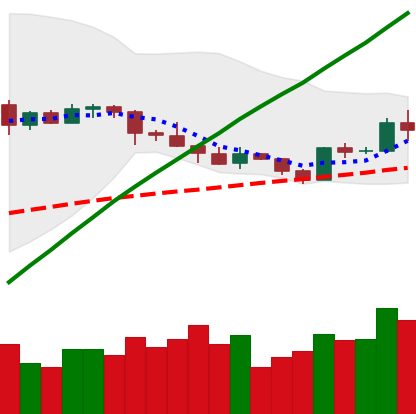
Ticker: LTC-USD
Chart end date: 2019-05-04
Forward return: -4.979%
Label: down_3_5